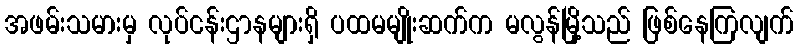
အဖမ်းသမားမှ လုပ်ငန်းဌာနများရှိ ပထမမျိုးဆက်က မလွန်မြို့သည် ဖြစ်နေကြလျက်